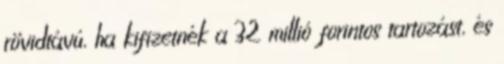
rövidtávú, ha kifizetnék a 32 millió forintos tartozást, és